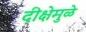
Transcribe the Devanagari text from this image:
दीक्षेमुळे